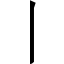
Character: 丨